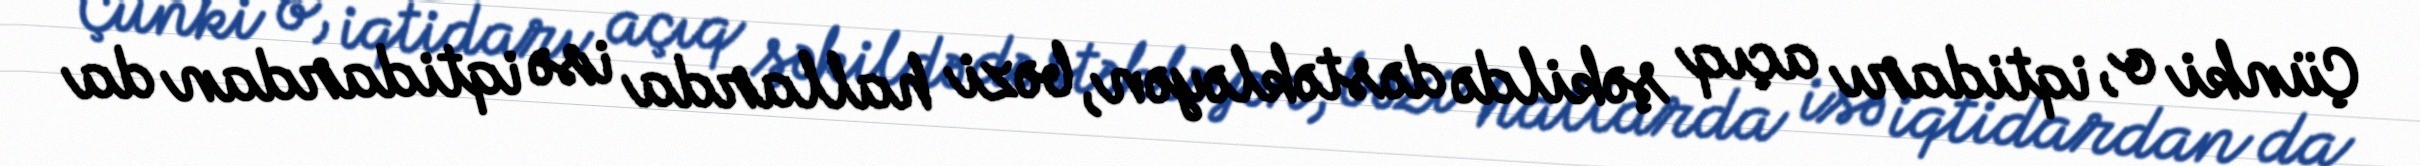
Çünki o, iqtidarı açıq şəkildə dəstəkləyən, bəzi hallarda isə iqtidardan da